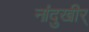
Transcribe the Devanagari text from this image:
नांदुखीर्